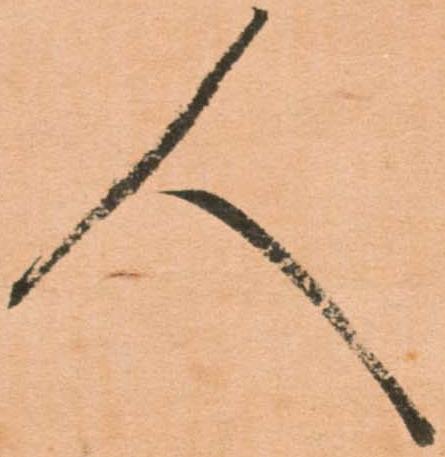
人